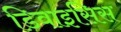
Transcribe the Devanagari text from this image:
डिवाइसिस